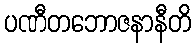
ပဏီတဘောဇနာနီတိ